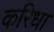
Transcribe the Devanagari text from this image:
करिधा